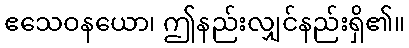
ဧသေဝနယော၊ ဤနည်းလျှင်နည်းရှိ၏။